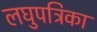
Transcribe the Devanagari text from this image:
लघुपत्रिका